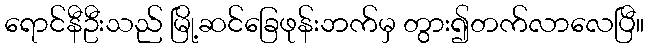
ရောင်နီဦးသည် မြို့ဆင်ခြေဖုန်းဘက်မှ တွား၍တက်လာလေပြီ။